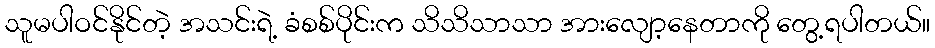
သူမပါဝင်နိုင်တဲ့ အသင်းရဲ့ ခံစစ်ပိုင်းက သိသိသာသာ အားလျော့နေတာကို တွေ့ရပါတယ်။